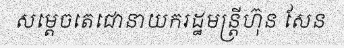
សម្តេចតេជោនាយករដ្ឋមន្ត្រីហ៊ុន សែន